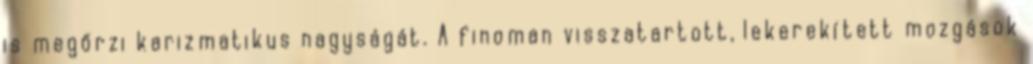
is megőrzi karizmatikus nagyságát. A finoman visszatartott, lekerekített mozgások